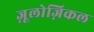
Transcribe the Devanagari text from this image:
ज़ूलोज़िकल